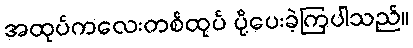
အထုပ်ကလေးတစ်ထုပ် ပို့ပေးခဲ့ကြပါသည်။